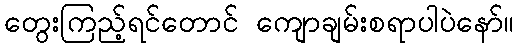
တွေးကြည့်ရင်တောင် ကျောချမ်းစရာပါပဲနော်။